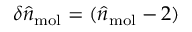
\delta \hat { n } _ { \mathrm { m o l } } = ( \hat { n } _ { \mathrm { m o l } } - 2 )